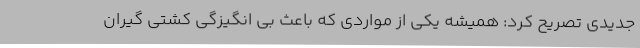
جدیدی تصریح کرد: همیشه یکی از مواردی که باعث بی انگیزگی کشتی گیران